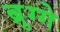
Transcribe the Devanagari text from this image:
ब्रुग्गे